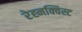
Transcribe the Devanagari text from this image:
रेह्नक्विस्ट